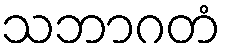
သဘာဂတံ